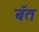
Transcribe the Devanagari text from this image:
बॅत